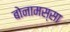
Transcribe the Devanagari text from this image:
बोनामस्सा